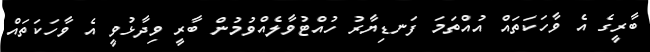
ބާރީގެ އެ ވާހަކަތައް އުއްތަމަ ފަނޑިޔާރު ހުއްޓުވާލެއްވުމުން ބާރީ ވިދާޅުވީ އެ ވާހަކަތައް